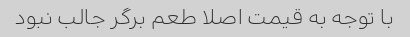
با توجه به قیمت اصلا طعم برگر جالب نبود